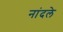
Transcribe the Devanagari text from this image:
नांदले